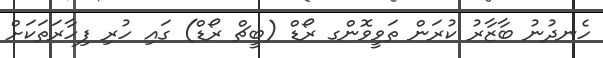
ހެނދުނު ބާޒާރު ކުރަން ތަވީވޮންގ ރޯޑް (ބީޗް ރޯޑް) ގައި ހުރި ފިހާރަތަކަށް